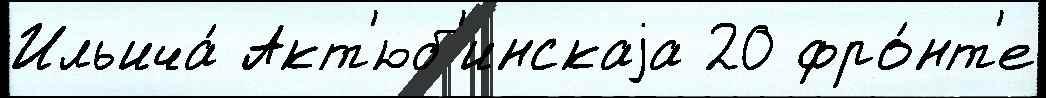
Ильича́ Акт'юб'инскаjа 20 фро́нт'е